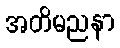
အတိမညနာ